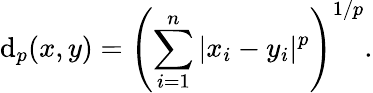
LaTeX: \mathrm{d}_{p}(x,y)=\left(\sum_{i=1}^{n}|x_{i}-y_{i}|^{p}\right)^{1/p}.